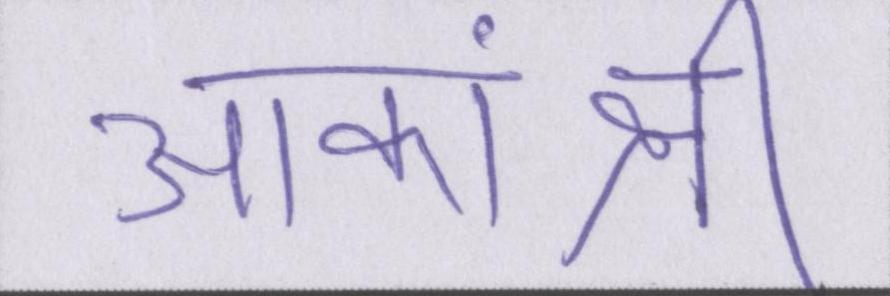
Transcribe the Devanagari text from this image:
आकांक्षी